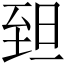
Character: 𦤾